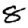
Digit: 8